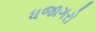
ધજાગરો